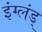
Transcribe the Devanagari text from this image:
इंग्लंड्